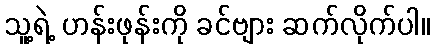
သူ့ရဲ့ ဟန်းဖုန်းကို ခင်ဗျား ဆက်လိုက်ပါ။